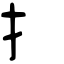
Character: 扌